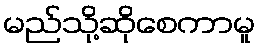
မည်သို့ဆိုစေကာမူ